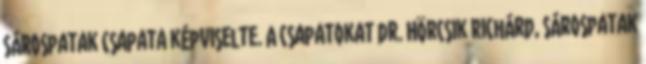
Sárospatak csapata képviselte. A csapatokat dr. Hörcsik Richárd, Sárospatak